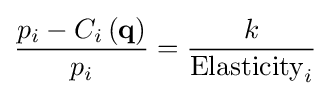
{\frac {p_{i}-C_{i}\left(\mathbf {q} \right)}{p_{i}}}={\frac {k}{\mathrm {Elasticity} _{i}}}